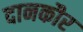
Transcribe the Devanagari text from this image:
दानकौर